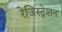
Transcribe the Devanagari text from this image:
रेजिस्ट्रेशन